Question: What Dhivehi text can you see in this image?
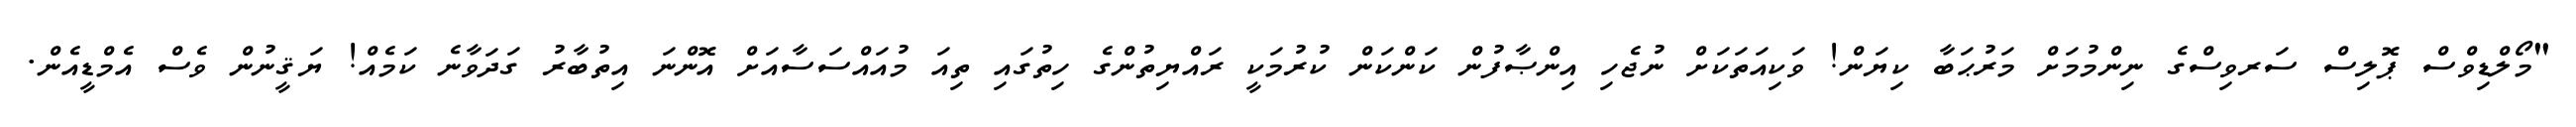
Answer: "މޯލްޑިވްސް ޕޮލިސް ސަރވިސްގެ ނިންމުމަށް މަރުޙަބާ ކިޔަން! ވަކިއަތަކަށް ނުޖެހި އިންޞާފުން ކަންކަން ކުރުމަކީ ރައްޔިތުންގެ ހިތުގައި ތިއަ މުއައްސަސާއަށް އޮންނަ އިތުބާރު ގަދަވާނެ ކަމެއް! ޔަޤީނުން ވެސް އެމްޑީއެން.